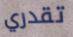
تقدري